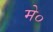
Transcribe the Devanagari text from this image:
मे०